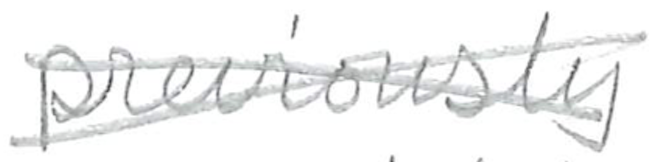
Text: previously
Cross-out: cross
Writing tool: pencil